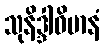
သုနိဒ္ဒါဝိမာနံ